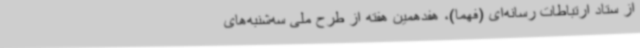
از ستاد ارتباطات رسانه‌ای (فهما)، هفدهمین هفته از طرح ملی سه‌شنبه‌های